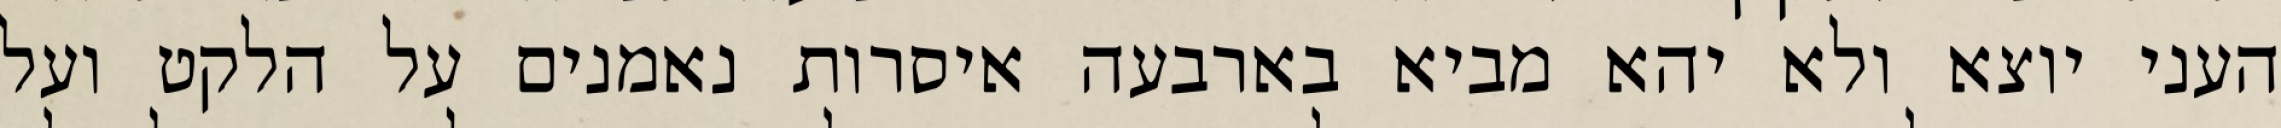
העני יוצא ולא יהא מביא בארבעה איסרות נאמנים על הלקט ועל